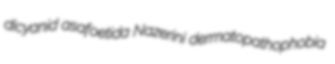
dicyanid asafoetida Nazerini dermatopathophobia